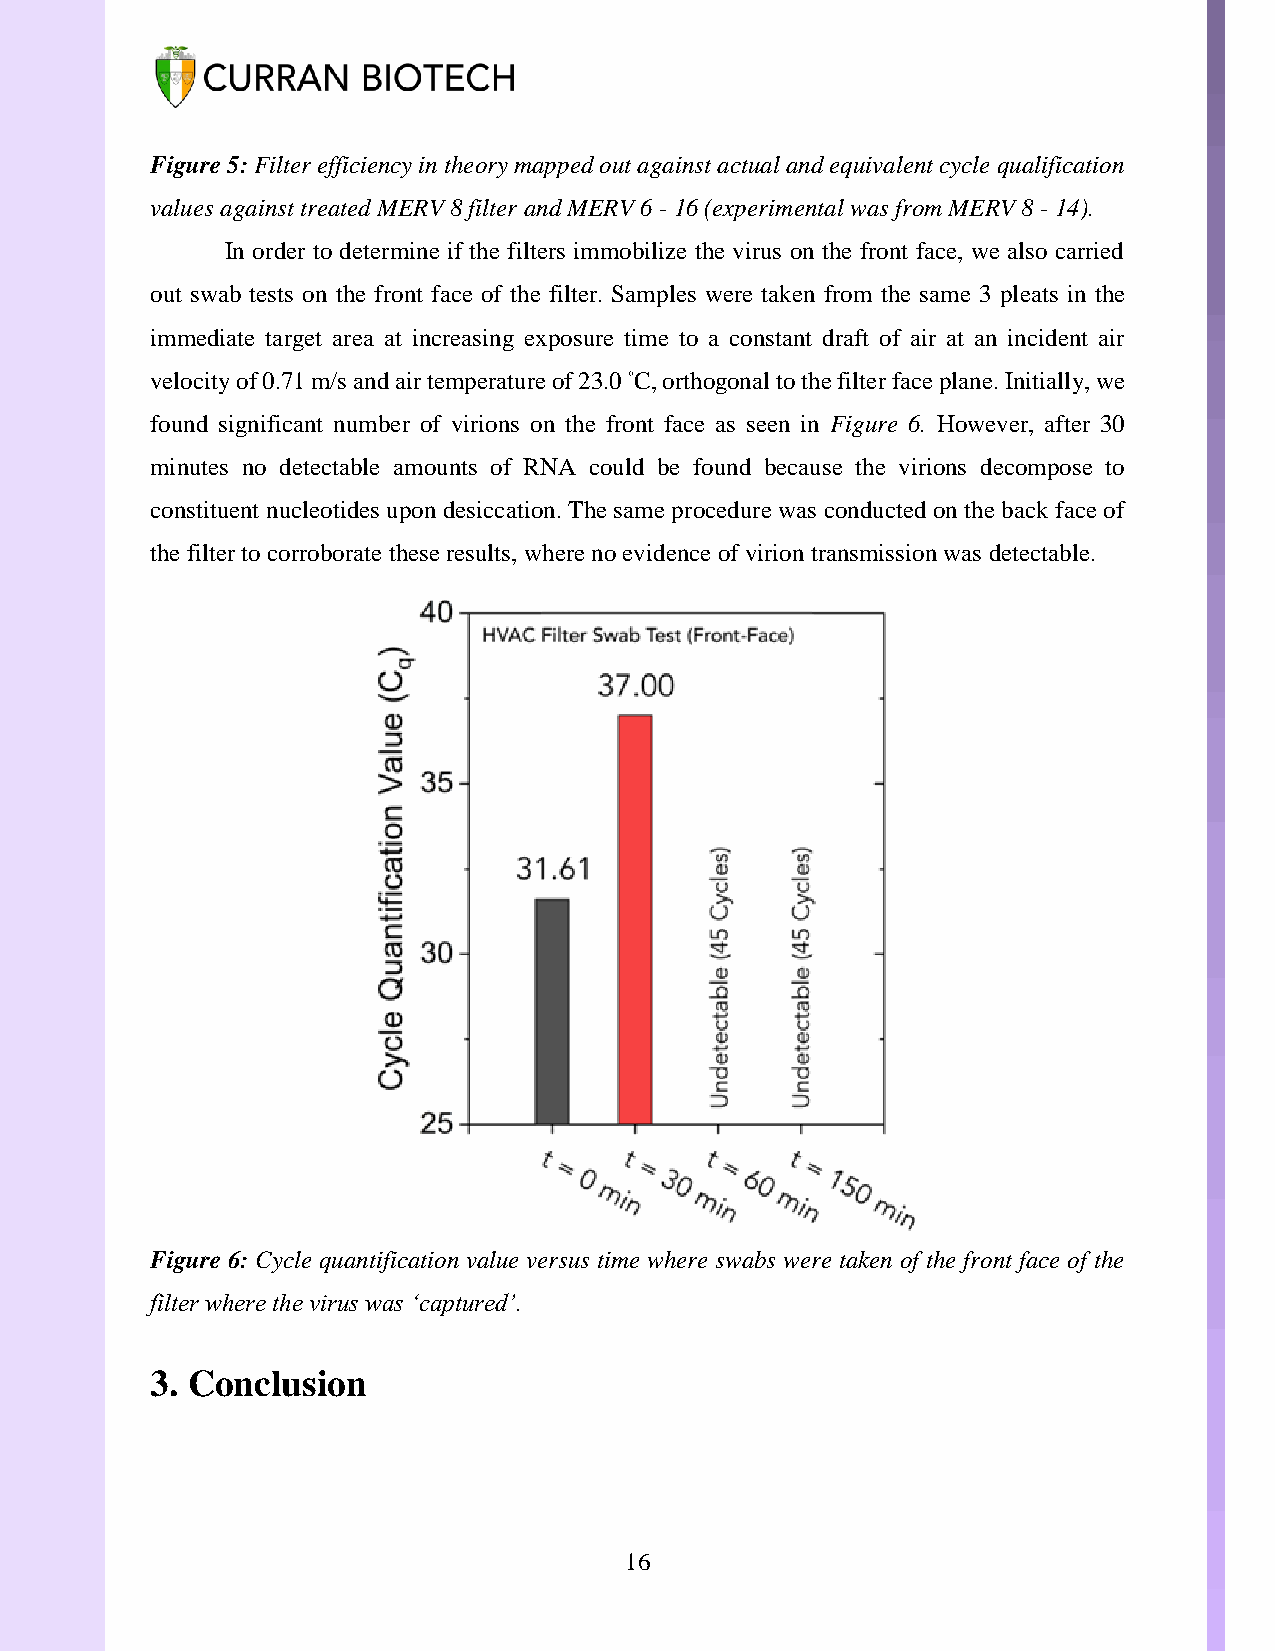
Figure 5: Filter efficiency in theory mapped out against actual and equivalent cycle qualification
 values against treated MERV 8 filter and MERV 6 - 16 (experimental was from MERV 8 - 14).
 In order to determine if the filters immobilize the virus on the front face, we also carried
 out swab tests on the front face of the filter. Samples were taken from the same 3 pleats in the
 immediate target area at increasing exposure time to a constant draft of air at an incident air
 velocity of 0.71 m/s and air temperature of 23.0 ◦C, orthogonal to the filter face plane. Initially, we
 found significant number of virions on the front face as seen in Figure 6. However, after 30
 minutes no detectable amounts of RNA could be found because the virions decompose to
 constituent nucleotides upon desiccation. The same procedure was conducted on the back face of
 the filter to corroborate these results, where no evidence of virion transmission was detectable.
 Figure 6: Cycle quantification value versus time where swabs were taken of the front face of the
 filter where the virus was ‘captured’.
 3. Conclusion
 16